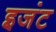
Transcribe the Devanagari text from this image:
इजंट